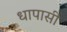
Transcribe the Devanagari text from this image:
धापासी